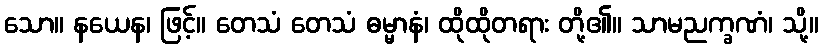
သော။ နယေန၊ ဖြင့်။ တေသံ တေသံ ဓမ္မာနံ၊ ထိုထိုတရား တို့၏။ သာမညက္ခဏံ၊ သို့။